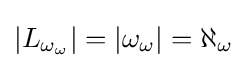
|L_{\omega _{\omega }}|=|\omega _{\omega }|=\aleph _{\omega }